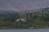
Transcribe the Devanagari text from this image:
बाम्बा